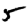
Digit: 5